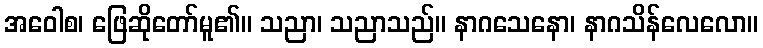
အဝေါစ၊ ဖြေဆိုတော်မူ၏။ သညာ၊ သညာသည်။ နာဂသေနော၊ နာဂသိန်လေလော။